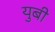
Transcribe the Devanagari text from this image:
युबी